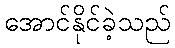
အောင်နိုင်ခဲ့သည်